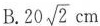
B. 20 \sqrt{2}cm